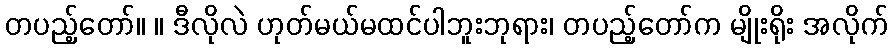
တပည့်တော်။ ။ ဒီလိုလဲ ဟုတ်မယ်မထင်ပါဘူးဘုရား၊ တပည့်တော်က မျိုးရိုး အလိုက်